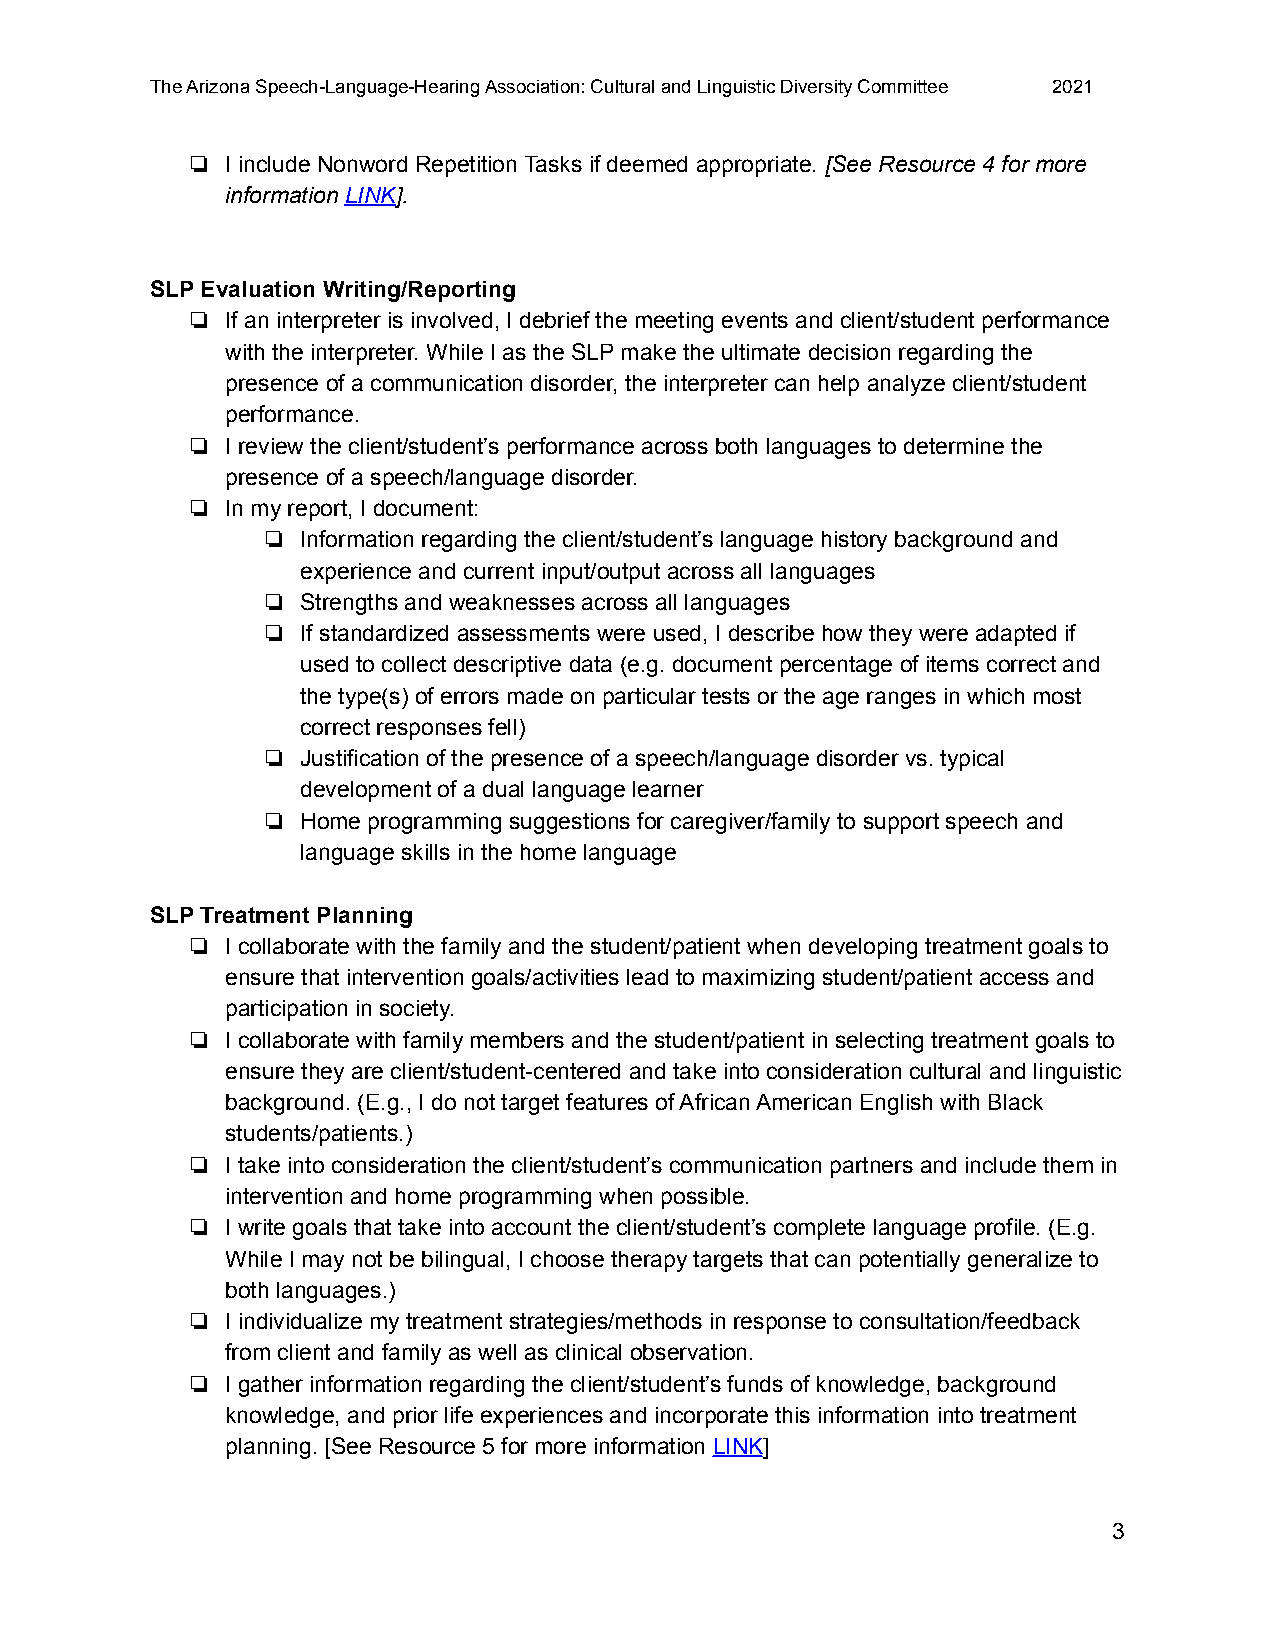
The Arizona Speech-Language-Hearing Association: Cultural and Linguistic Diversity Committee 2021
 ❏  I include Nonword Repetition Tasks if deemed appropriate. [See Resource 4 for more
 information LINK].
 SLP Evaluation Writing/Reporting
 ❏  If an interpreter is involved, I debrief the meeting events and client/student performance
 with the interpreter. While I as the SLP make the ultimate decision regarding the
 presence of a communication disorder, the interpreter can help analyze client/student
 performance.
 ❏  I review the client/student’s performance across both languages to determine the
 presence of a speech/language disorder.
 ❏  In my report, I document:
 ❏  Information regarding the client/student’s language history background and
 experience and current input/output across all languages
 ❏  Strengths and weaknesses across all languages
 ❏  If standardized assessments were used, I describe how they were adapted if
 used to collect descriptive data (e.g. document percentage of items correct and
 the type(s) of errors made on particular tests or the age ranges in which most
 correct responses fell)
 ❏  Justification of the presence of a speech/language disorder vs. typical
 development of a dual language learner
 ❏  Home programming suggestions for caregiver/family to support speech and
 language skills in the home language
 SLP Treatment Planning
 ❏  I collaborate with the family and the student/patient when developing treatment goals to
 ensure that intervention goals/activities lead to maximizing student/patient access and
 participation in society.
 ❏  I collaborate with family members and the student/patient in selecting treatment goals to
 ensure they are client/student-centered and take into consideration cultural and linguistic
 background. (E.g., I do not target features of African American English with Black
 students/patients.)
 ❏  I take into consideration the client/student’s communication partners and include them in
 intervention and home programming when possible.
 ❏  I write goals that take into account the client/student’s complete language profile. (E.g.
 While I may not be bilingual, I choose therapy targets that can potentially generalize to
 both languages.)
 ❏  I individualize my treatment strategies/methods in response to consultation/feedback
 from client and family as well as clinical observation.
 ❏  I gather information regarding the client/student’s funds of knowledge, background
 knowledge, and prior life experiences and incorporate this information into treatment
 planning. [See Resource 5 for more information LINK]
 3